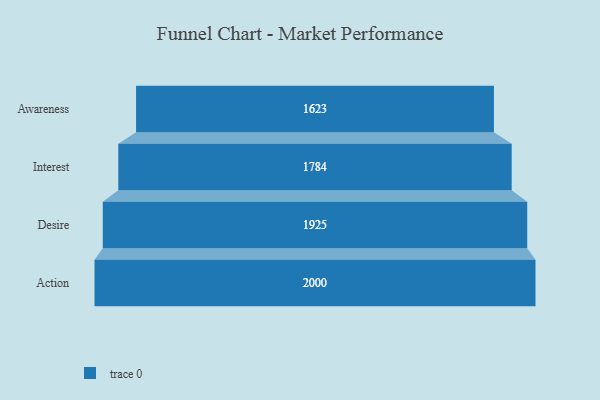
{"axis": {"x": "Stage", "y": "Value"}, "legend": [""], "data": [{"x": "Awareness", "y": 1623.0, "type": ""}, {"x": "Interest", "y": 1784.0, "type": ""}, {"x": "Desire", "y": 1925.0, "type": ""}, {"x": "Action", "y": 2000, "type": ""}]}